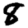
Digit: 8